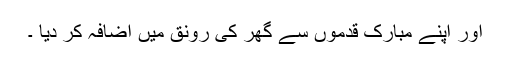
اور اپنے مبارک قدموں سے گھر کی رونق میں اضافہ کر دیا ۔